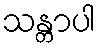
သန္တာပါ